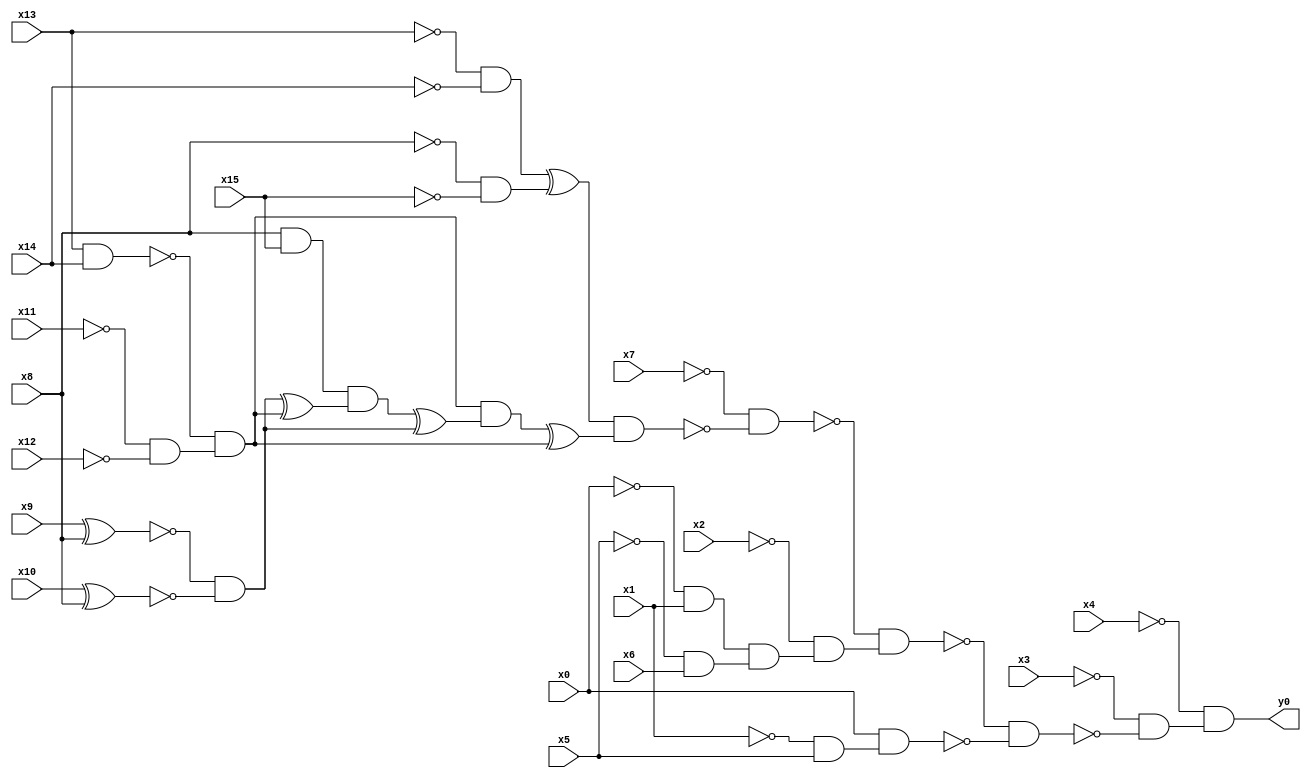
module top( x0 , x1 , x2 , x3 , x4 , x5 , x6 , x7 , x8 , x9 , x10 , x11 , x12 , x13 , x14 , x15 , y0 );
  input x0 , x1 , x2 , x3 , x4 , x5 , x6 , x7 , x8 , x9 , x10 , x11 , x12 , x13 , x14 , x15 ;
  output y0 ;
  wire n17 , n18 , n19 , n20 , n21 , n22 , n23 , n24 , n25 , n26 , n27 , n28 , n29 , n30 , n31 , n32 , n33 , n34 , n35 , n36 , n37 , n38 , n39 , n40 , n41 , n42 , n43 ;
  assign n18 = ~x13 & ~x14 ;
  assign n17 = ~x8 & ~x15 ;
  assign n19 = n18 ^ n17 ;
  assign n20 = x13 & x14 ;
  assign n21 = ~x11 & ~x12 ;
  assign n22 = ~n20 & n21 ;
  assign n23 = x8 & x15 ;
  assign n24 = x9 ^ x8 ;
  assign n25 = x10 ^ x8 ;
  assign n26 = ~n24 & ~n25 ;
  assign n27 = n26 ^ n22 ;
  assign n28 = n23 & n27 ;
  assign n29 = n28 ^ n26 ;
  assign n30 = n22 & n29 ;
  assign n31 = n30 ^ n22 ;
  assign n32 = n19 & n31 ;
  assign n33 = ~x7 & ~n32 ;
  assign n34 = ~x0 & x1 ;
  assign n35 = ~x5 & x6 ;
  assign n36 = n34 & n35 ;
  assign n37 = ~x2 & n36 ;
  assign n38 = ~n33 & n37 ;
  assign n39 = ~x1 & x5 ;
  assign n40 = x0 & n39 ;
  assign n41 = ~n38 & ~n40 ;
  assign n42 = ~x3 & ~n41 ;
  assign n43 = ~x4 & n42 ;
  assign y0 = n43 ;
endmodule